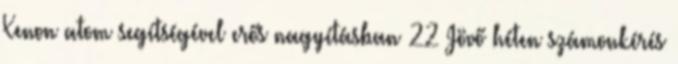
Xenon atom segítségével erős nagyításban 22 Jövő héten számonkérés